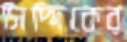
সিদ্দিকের